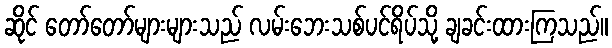
ဆိုင် တော်တော်များများသည် လမ်းဘေးသစ်ပင်ရိပ်သို့ ချခင်းထားကြသည်။